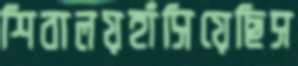
শিবালয়হাঁসিয়েছিস